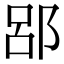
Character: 郘